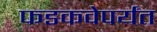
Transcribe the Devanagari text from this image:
फडकवेपर्यंत